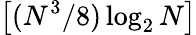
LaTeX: \left[(N^{3}/8)\log_{2}N\right]